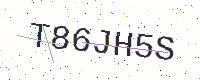
Text: T86JH5S